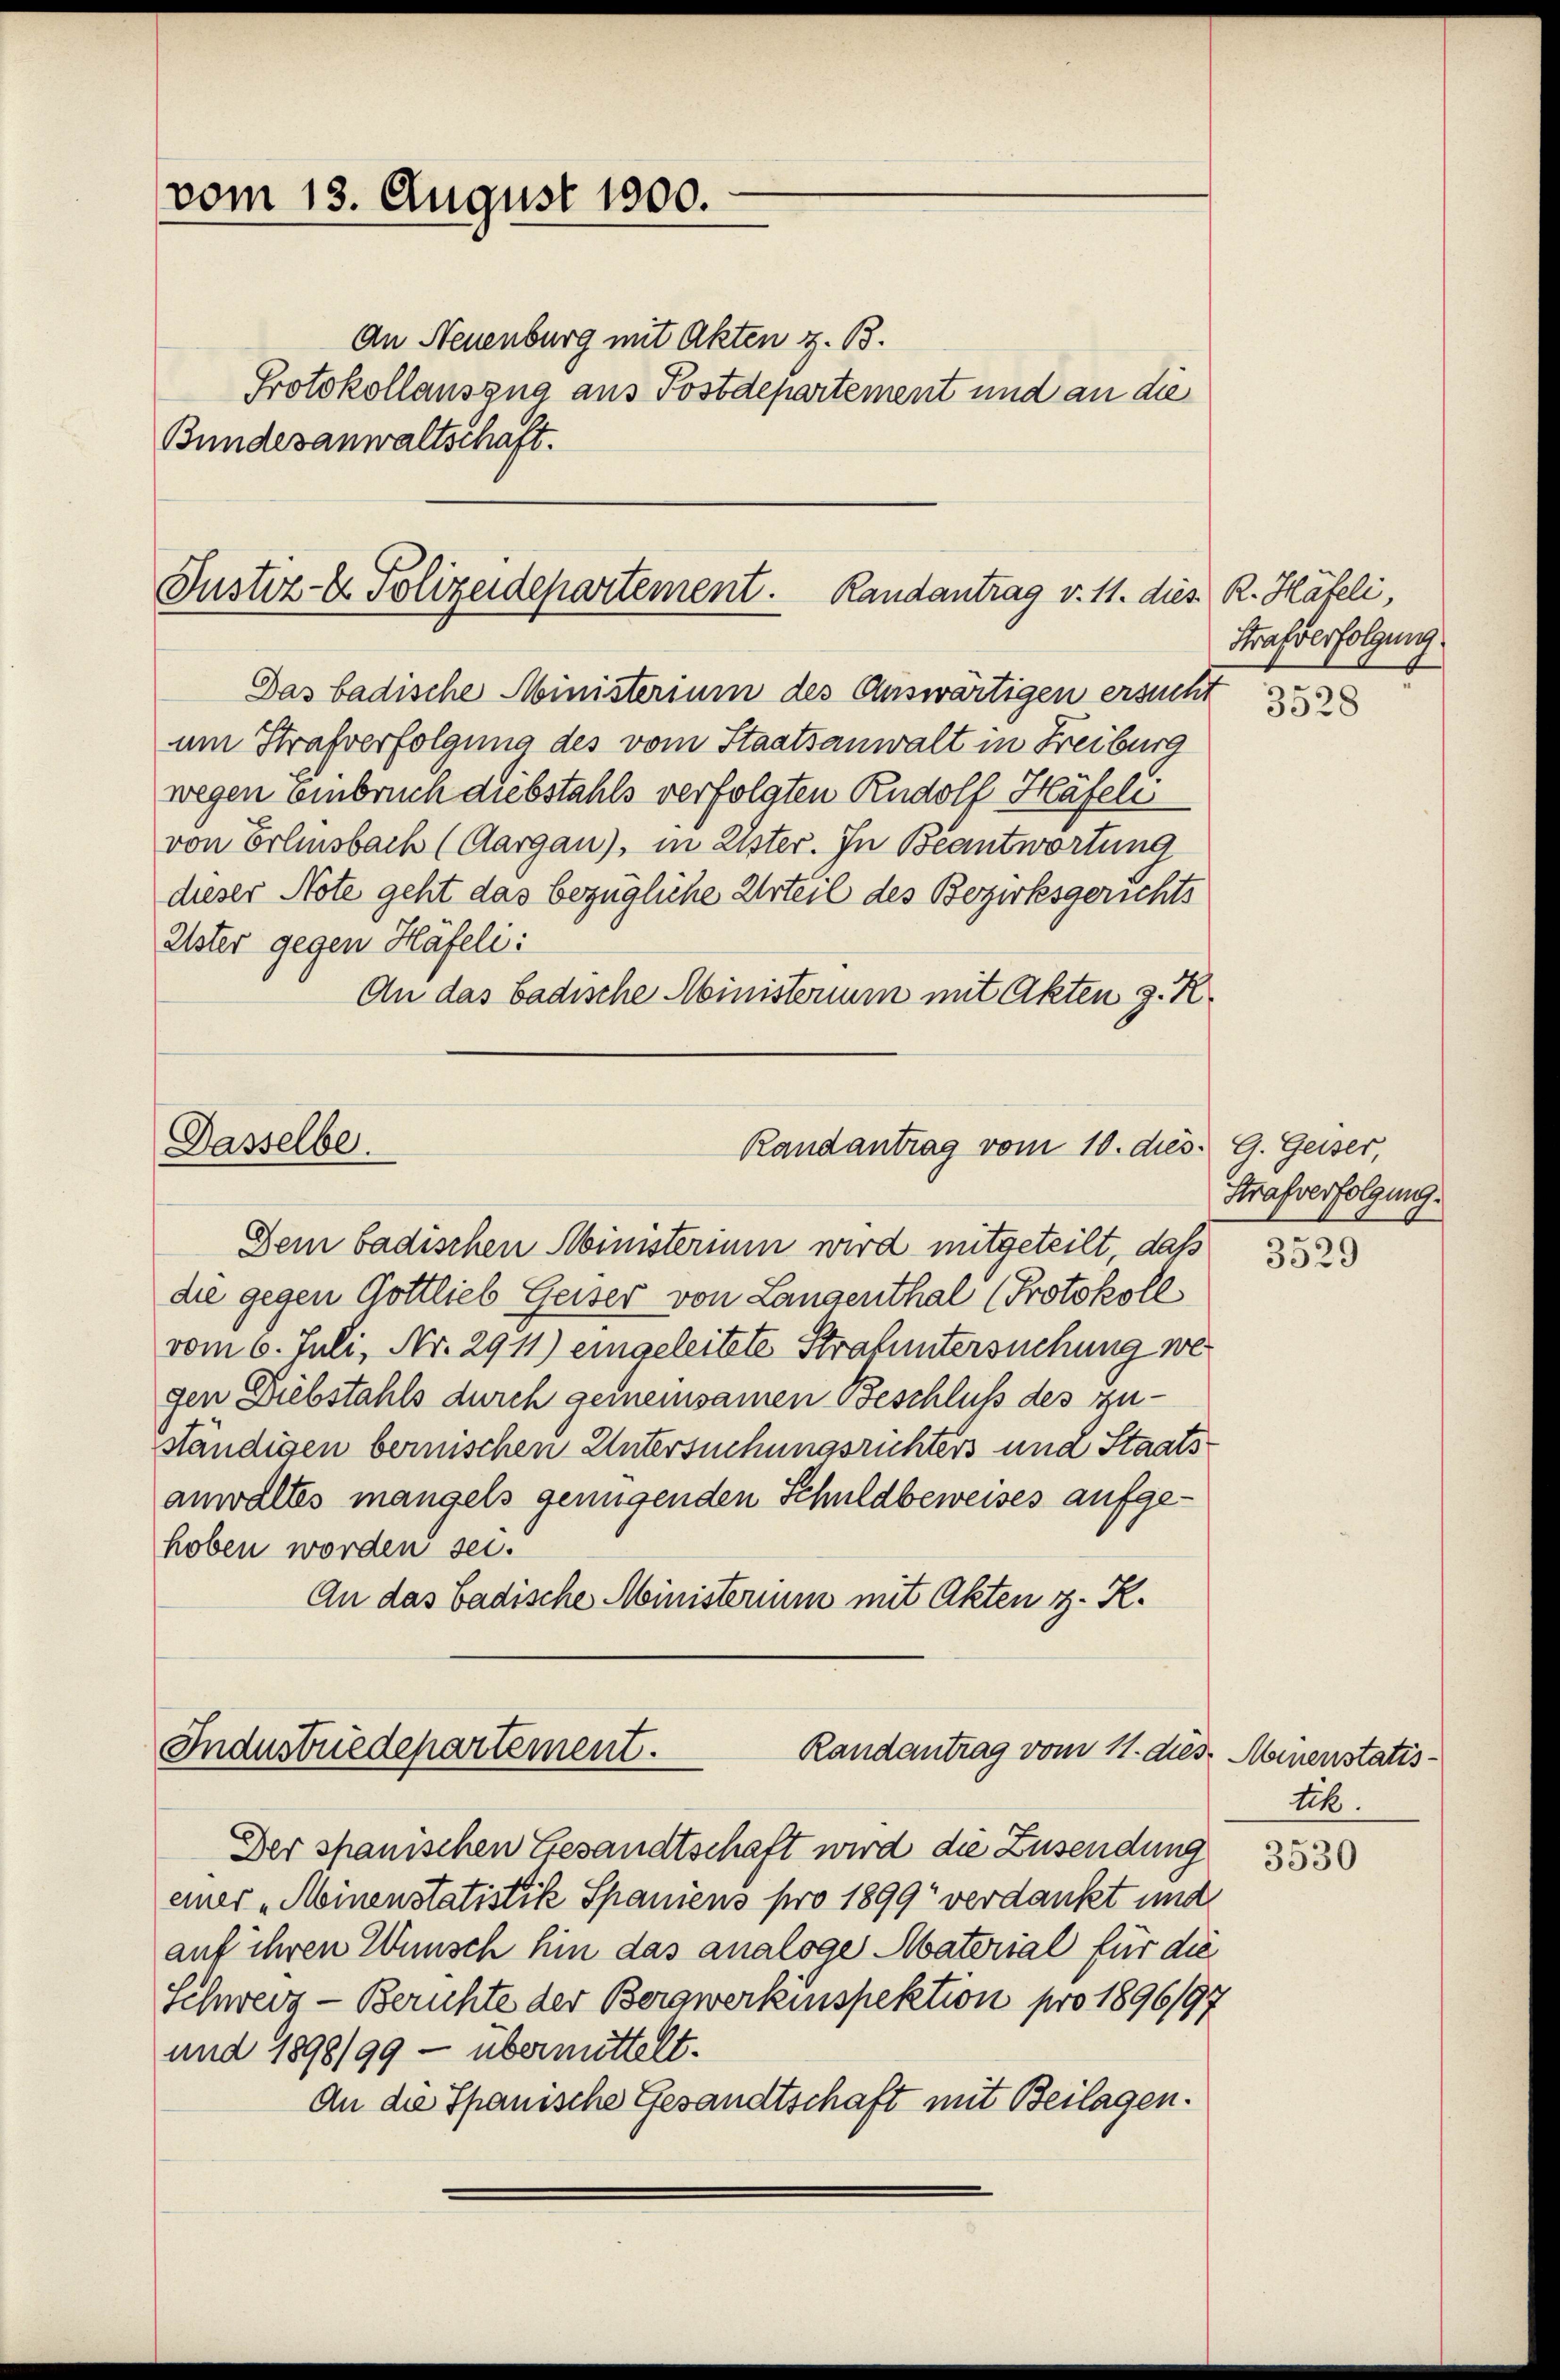
vom 13. August 1900.

Justiz- & Polizeidepartement. Randantrag v. 11. dies R. Häfeli,

Dasselbe.
Randantrag vom 10. dies. G. Geiser,

An Neuenburg mit Akten z. B.
Protokollauszug aus Postdepartement und an die
Bundesanwaltschaft.

Das badische Ministerium des Auswärtigen ersucht
um Strafverfolgung des vom Staatsanwalt in Freiburg
wegen Einbruch diebstahls verfolgten Rudolf Häfelei
von Erlinsbach (Aargau), in Uster. In Beantwortung
dieser Note geht das bezügliche Urteil des Bezirksgerichts
Uster gegen Häfeli:
An das badische Ministerium mit Akten z. R.
Dem badischen Ministerium wird mitgeteilt, daß
die gegen Gottlieb Geiser von Langenthal (Protokoll
vom 6. Juli, Nr. 2911) eingeleitete Strafuntersuchung wegen Diebstahls durch gemeinsamen Beschluß des zuständigen berischen Untersuchungsrichters und Staatsanwaltes mangels genügenden Schuldbeweises aufgehoben worden sei.
An das badische Ministerium mit Akten z. R.
Industredepartement.
Randantrag vom 11. dies. Minenstatis
Der spanischen Gesandtschaft wird die Zusendung
einer „Minenstatistik Spaniens pro 1899 verdankt und
auf ihren Wunsch hin das analoge Material für die
Schweiz - Berichte der Bergwerkinspektion pro 1896/97
und 1898/99 — übermittelt.
An die Spanische Gesandtschaft mit Beilagen.

Strafverfolgung

3528

Strafverfolgung.

3529

tik.

3530